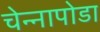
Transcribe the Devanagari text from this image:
चेन्‍नापोडा